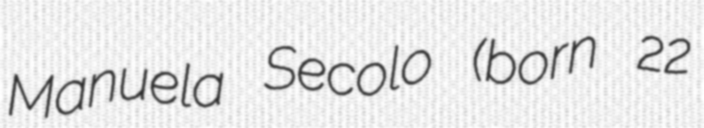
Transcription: Manuela Secolo (born 22